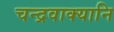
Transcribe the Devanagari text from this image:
चन्द्रवाक्यानि